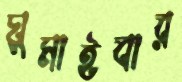
ঘুমাইবার